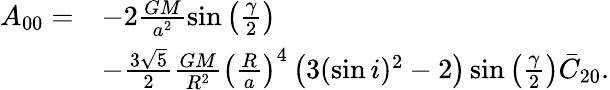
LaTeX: \begin{array}{rl}{A_{00}=}&{-2\frac{GM}{a^{2}}\sin\left(\frac{\gamma}{2}\right)}\\ &{-\frac{3\sqrt{5}}{2}\frac{GM}{R^{2}}\left(\frac{R}{a}\right)^{4}\left(3(\sin i)^{2}-2\right)\sin\left(\frac{\gamma}{2}\right)\bar{C}_{20}.}\end{array}